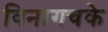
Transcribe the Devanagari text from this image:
विनागचके